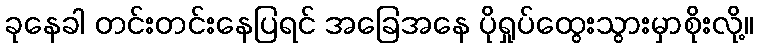
ခုနေခါ တင်းတင်းနေပြရင် အခြေအနေ ပိုရှုပ်ထွေးသွားမှာစိုးလို့။